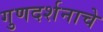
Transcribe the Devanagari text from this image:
गुणदर्शनाचे